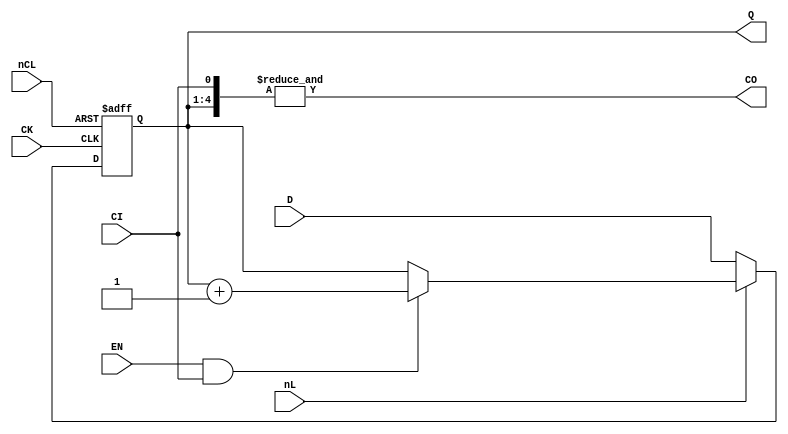
// NeoGeo logic definition
// Copyright (C) 2018 Sean Gonsalves
//
// This program is free software: you can redistribute it and/or modify
// it under the terms of the GNU General Public License as published by
// the Free Software Foundation, either version 3 of the License, or
// (at your option) any later version.
//
// This program is distributed in the hope that it will be useful,
// but WITHOUT ANY WARRANTY; without even the implied warranty of
// MERCHANTABILITY or FITNESS FOR A PARTICULAR PURPOSE.  See the
// GNU General Public License for more details.
//
// You should have received a copy of the GNU General Public License
// along with this program.  If not, see <https://www.gnu.org/licenses/>.

module C43(
	input CK,
	input [3:0] D,
	input nL, EN, CI, nCL,
	output reg [3:0] Q = 4'd0,
	output CO
);

	wire CL = ~nCL;
	
	always @(posedge CK, posedge CL)
	begin
		if (CL)
		begin
			Q <= 4'd0;		// Clear
		end
		else
		begin
			if (!nL)
				Q <= D;			// Load
			else if (EN & CI)
				Q <= Q + 1'b1;	// Count
			else
				Q <= Q;
		end
	end
	
	assign CO = &{Q[3:0], CI};

endmodule